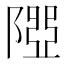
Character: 𨻉